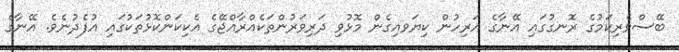
ބޭސްވެރިކަމުގެ ރޮނގުގައި އޭނާގެ އަރިހުން ކިޔަވއިގެން މޮޅުވި ދަރިވަރުންތަކެއްރާއްޖޭގެ އެކިކަންކޮޅުތަކުގައި އުފެދުނެވެ. އޭނާގެ